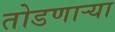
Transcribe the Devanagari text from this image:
तोडणाऱ्या